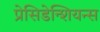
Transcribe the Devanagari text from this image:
प्रेसिडेन्शियन्स